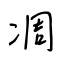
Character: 凋